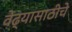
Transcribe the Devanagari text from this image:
वेढ्यासाठीचे